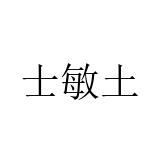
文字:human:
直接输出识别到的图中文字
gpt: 士敏土